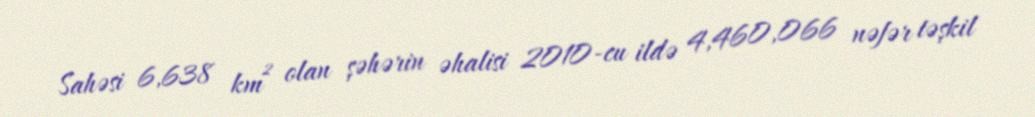
Sahəsi 6,638 km² olan şəhərin əhalisi 2010-cu ildə 4,460,066 nəfər təşkil